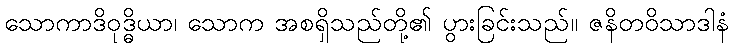
သောကာဒိဝုဒ္ဓိယာ၊ သောက အစရှိသည်တို့၏ ပွားခြင်းသည်။ ဇနိတဝိသာဒါနံ